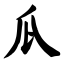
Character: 瓜